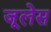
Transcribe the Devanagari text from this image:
जूलेस